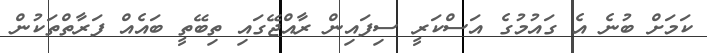
ކަމަށް ބުނެ އެ ގައުމުގެ އަސްކަރީ ސިފައިން ރާއްޖޭގައި ތިބޭތީ ބައެއް ފަރާތްތަކުން